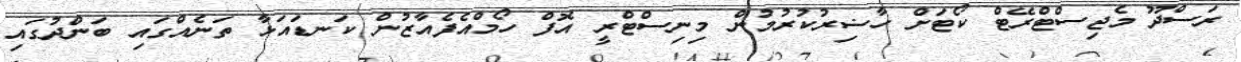
ރަސްދޫ މެޖިސްޓްރޭޓް ކޯޓަށް ހާޟިރުކުރުމުން މިނިސްޓްރީ އޮފް ހޯމްއެފެއާޒުން ކަނޑައަޅާ ތަނެއްގައި ބަންދުގައި